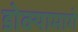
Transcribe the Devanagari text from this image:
डोक्यामागे